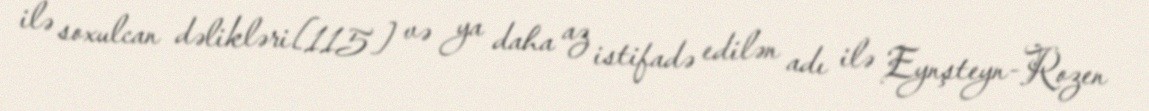
ilə soxulcan dəlikləri[115] və ya daha az istifadə edilən adı ilə Eynşteyn-Rozen